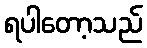
ရပါတော့သည်